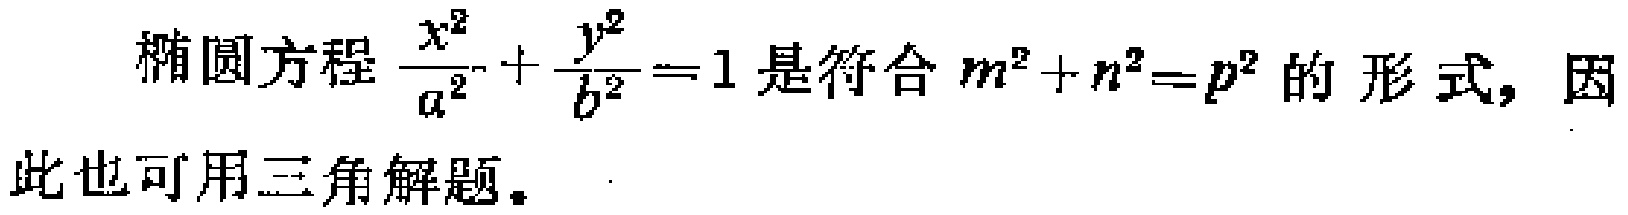
椭圆方程$\frac{x^{2}}{a^{2}}+\frac{y^{2}}{b^{2}} = 1$是符合$m^{2}+n^{2}=p^{2}$的形式，因此也可用三角解题。